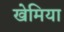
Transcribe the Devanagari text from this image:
खेमिया